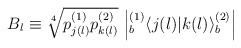
\begin{align*}B_l \equiv \sqrt[4]{p^{(1)}_{j(l)} p^{(2)}_{k(l)}}\,\left| { }^{(1)}_b \! \left\langle {j(l)}|{k(l)}\right\rangle^{(2)}_b \right|\end{align*}